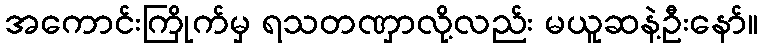
အကောင်းကြိုက်မှ ရသတဏှာလို့လည်း မယူဆနဲ့ဦးနော်။